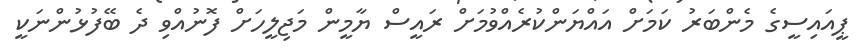
ޕީއައިސީގެ މެންބަރު ކަމަށް އައްޔަންކުރެއްވުމަށް ރައީސް ޔާމީން މަޖިލީހަށް ފޮނުއްވި ދެ ބޭފުޅުންނަކީ